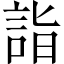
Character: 詣